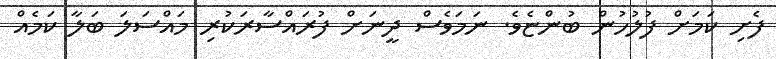
ފެށި ކަމަށް ފުލުހުން ބުންޏެވެ. ނަމަވެސް ދީނަށް ފުރައްސާރަކުރި މައްސަލަ ބަލާ ކަމެއް